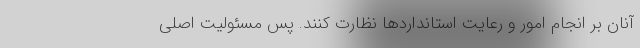
آنان بر انجام امور و رعایت استانداردها نظارت کنند. پس مسئولیت اصلی